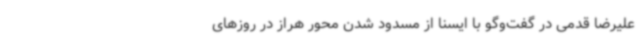
علیرضا قدمی در گفت‌وگو با ایسنا از مسدود شدن محور هراز در روزهای